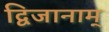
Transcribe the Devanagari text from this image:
द्विजानाम्